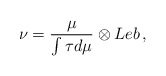
\begin{align*}\nu=\frac{\mu}{\int \tau d \mu} \otimes Leb\, ,\end{align*}